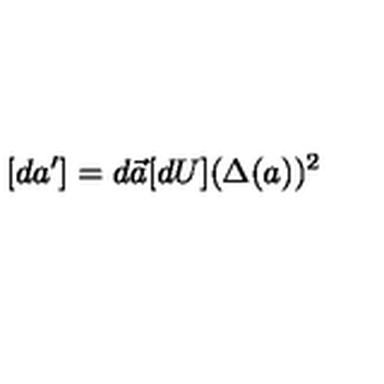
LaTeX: [ d { a } ^ { \prime } ] = d \vec { a } [ d U ] ( \Delta ( a ) ) ^ { 2 }